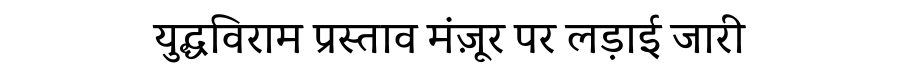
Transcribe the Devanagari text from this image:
युद्धविराम प्रस्ताव मंज़ूर पर लड़ाई जारी